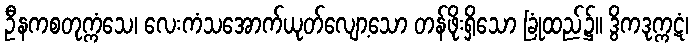
ဦနကစတုက္ကံသေ၊ လေးကံသအောက်ယုတ်လျော့သော တန်ဖိုးရှိသော ခြုံထည်၌။ ဒွိကဒုက္ကဋံ၊